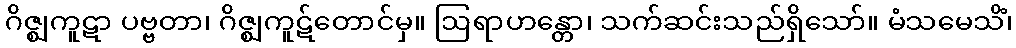
ဂိဇ္ဈကူဋာ ပဗ္ဗတာ၊ ဂိဇ္ဈကူဋ်တောင်မှ။ ဩရာဟန္တော၊ သက်ဆင်းသည်ရှိသော်။ မံသမေသိံ၊